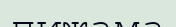
пижама